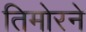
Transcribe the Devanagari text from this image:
तिमोरने